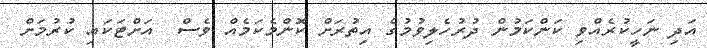
އަދި ނަހީކުރެއްވި ކަންކަމުން ދުރުހެލިވުމުގެ އިތުރަށް ކޮންމެކަމެއް ވެސް  އަށްޓަކައި ކުރުމަށް